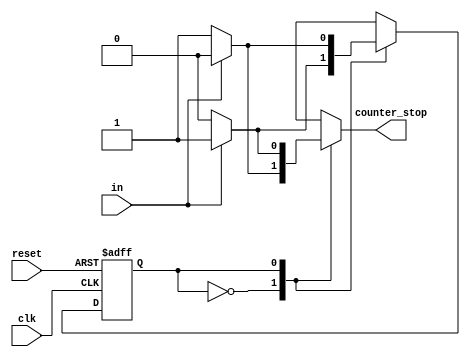
`timescale 1ns / 1ps
`define STAT_STOP 0
`define STAT_COUNT 1
`define ENABLED 1
`define DISABLED 0
module stop_fsm(
    counter_stop, // if counter is enabled 
    in, //input control
    clk, // global clock signal
    reset // low active reset
);
// outputs
output counter_stop; // if counter is enabled 
// inputs
input clk; // global clock signal
input reset; // low active reset
input in; //input control
reg counter_stop; // if counter is enabled 
reg state; // state of FSM
reg next_state; // next state of FSM
// FSM state decision
always @*
    case (state)
    `STAT_STOP:
        if (in) begin
            next_state = `STAT_COUNT;
            counter_stop = `DISABLED;
        end
        else begin
            next_state = `STAT_STOP;
            counter_stop = `ENABLED;
        end
    `STAT_COUNT:
        if (in) begin
            next_state = `STAT_STOP;
            counter_stop = `ENABLED;
        end
        else begin
            next_state = `STAT_COUNT;
            counter_stop = `DISABLED;
        end
    endcase
// FSM state transition
always @(posedge clk or negedge reset)
    if (~reset)
        state <= `STAT_STOP;
    else
        state <= next_state;
endmodule